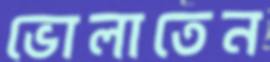
ভোলাতেন